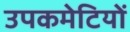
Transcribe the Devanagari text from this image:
उपकमेटियों